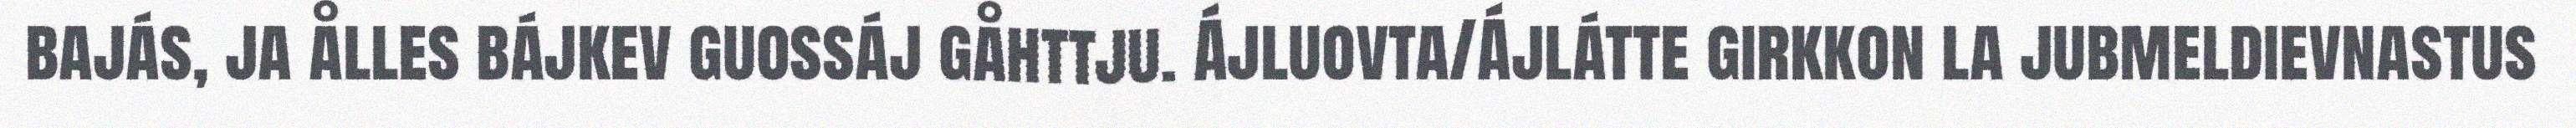
bajás, ja ålles bájkev guossáj gåhttju. Ájluovta/Ájlátte girkkon la jubmeldievnastus